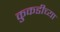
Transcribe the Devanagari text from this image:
कुकडीच्या